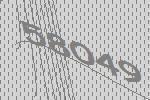
58049